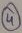
Text: 4